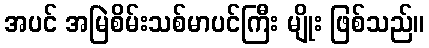
အပင် အမြဲစိမ်းသစ်မာပင်ကြီး မျိုး ဖြစ်သည်။